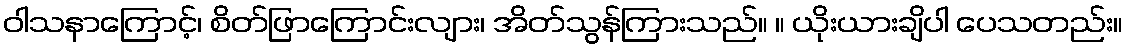
ဝါသနာကြောင့်၊ စိတ်ဖြာကြောင်းလျား၊ အိတ်သွန်ကြားသည်။ ။ ယိုးယားချိပါ ပေသတည်း။